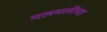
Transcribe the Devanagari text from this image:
मलमलीच्या